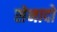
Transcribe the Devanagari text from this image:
सेनादो